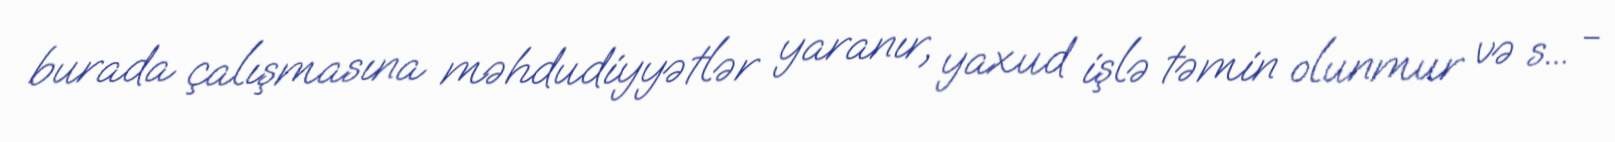
burada çalışmasına məhdudiyyətlər yaranır, yaxud işlə təmin olunmur və s... -